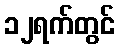
၁၂ရက်တွင်